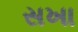
સખા